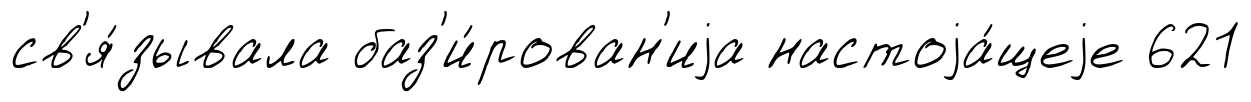
св'я́зывала баз'и́рован'иjа настоjа́щеjе 621